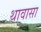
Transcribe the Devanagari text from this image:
थावासा